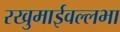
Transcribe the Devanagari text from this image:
रखुमाईवल्लभा